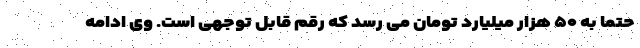
حتما به ۵۰ هزار میلیارد تومان می رسد که رقم قابل توجهی است. وی ادامه